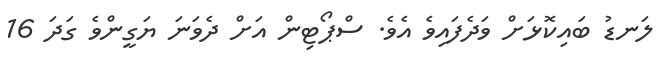
ލަނޑު ބައިކޮޅަށް ވަދެފައިވެ އެވެ. ސްޕޯޓިން އަށް ދެވަނަ ޔަގީންވެ ގަދަ 16